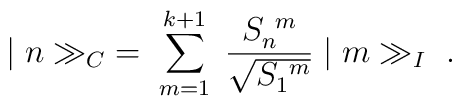
\vert\; n \gg_C \;  =\;  \sum_{m=1}^{k+1}\; \frac{S_n^{\ m}}{\sqrt{S_1^{\ m}}}\;  \vert\; m \gg_I \ .